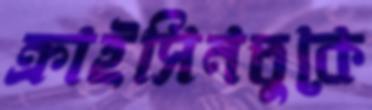
ক্রাইসিনতুকে